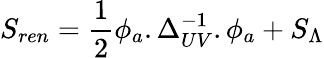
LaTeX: S_{ren}=\frac{1}{2}\phi_{a}.\Delta_{UV}^{-1}.\phi_{a}+S_{\Lambda}